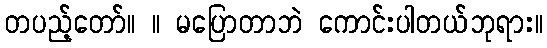
တပည့်တော်။ ။ မပြောတာဘဲ ကောင်းပါတယ်ဘုရား။